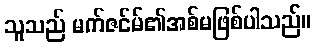
သူသည် မက်ဇင်မ်၏အစ်မဖြစ်ပါသည်။